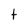
Character: t